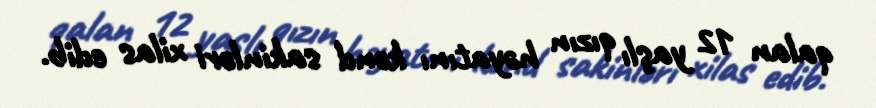
qalan 12 yaşlı qızın həyatını kənd sakinləri xilas edib.